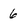
Character: 6